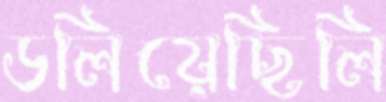
ডলিয়েছিলি